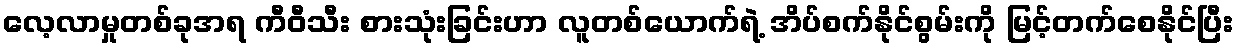
လေ့လာမှုတစ်ခုအရ ကီဝီသီး စားသုံးခြင်းဟာ လူတစ်ယောက်ရဲ့ အိပ်စက်နိုင်စွမ်းကို မြင့်တက်စေနိုင်ပြီး